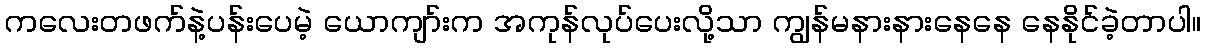
ကလေးတဖက်နဲ့ပန်းပေမဲ့ ယောကျာ်းက အကုန်လုပ်ပေးလို့သာ ကျွန်မနားနားနေနေ နေနိုင်ခဲ့တာပါ။